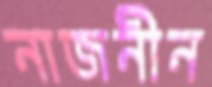
নাজনীন